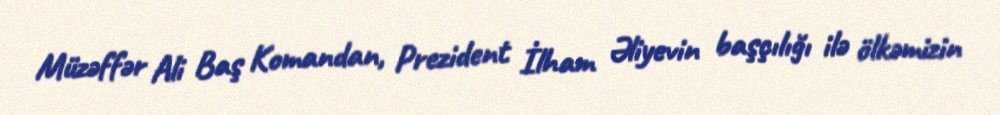
Müzəffər Ali Baş Komandan, Prezident İlham Əliyevin başçılığı ilə ölkəmizin